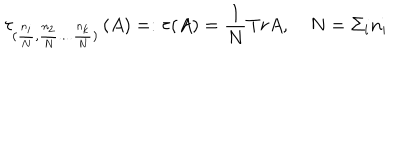
\tau _ { ( \frac { n _ { i } } { N } , \frac { n _ { 2 } } { N } . . . . \frac { n _ { k } } { N } ) } \left( A \right) = : \tau ( A ) = \frac { 1 } { N } T r A , \quad N = \Sigma _ { i } n _ { i }